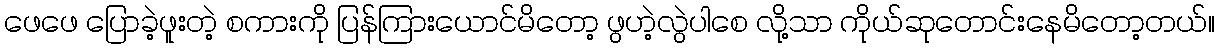
ဖေဖေ ပြောခဲ့ဖူးတဲ့ စကားကို ပြန်ကြားယောင်မိတော့ ဖွဟဲ့လွဲပါစေ လို့သာ ကိုယ်ဆုတောင်းနေမိတော့တယ်။